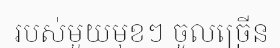
របស់មួយមុខៗ ចូលច្រើន